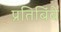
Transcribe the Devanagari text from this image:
प्रतिबिंबे